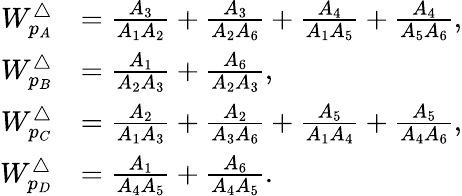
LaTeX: \begin{array}{rl}{W_{p_{A}}^{\triangle}}&{=\frac{A_{3}}{A_{1}A_{2}}+\frac{A_{3}}{A_{2}A_{6}}+\frac{A_{4}}{A_{1}A_{5}}+\frac{A_{4}}{A_{5}A_{6}},}\\ {W_{p_{B}}^{\triangle}}&{=\frac{A_{1}}{A_{2}A_{3}}+\frac{A_{6}}{A_{2}A_{3}},}\\ {W_{p_{C}}^{\triangle}}&{=\frac{A_{2}}{A_{1}A_{3}}+\frac{A_{2}}{A_{3}A_{6}}+\frac{A_{5}}{A_{1}A_{4}}+\frac{A_{5}}{A_{4}A_{6}},}\\ {W_{p_{D}}^{\triangle}}&{=\frac{A_{1}}{A_{4}A_{5}}+\frac{A_{6}}{A_{4}A_{5}}.}\end{array}